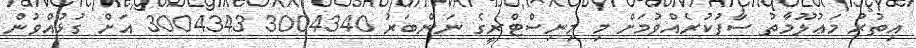
އިތުރު މަޢުލޫމާތު ސާފުކުރެއްވުމަށް މި މިނިސްޓްރީގެ ނަންބަރު 3004340 3004343 އަށް ގުޅުއްވުން